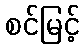
စင်မြင့်